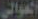
العوالي